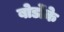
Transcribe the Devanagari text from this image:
बोर्डोके